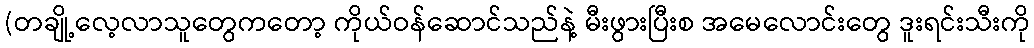
(တချို့လေ့လာသူတွေကတော့ ကိုယ်ဝန်ဆောင်သည်နဲ့ မီးဖွားပြီးစ အမေလောင်းတွေ ဒူးရင်းသီးကို